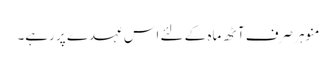
منوہر صرف آٹھ ماہ کے لئے اس عہدے پر رہے۔